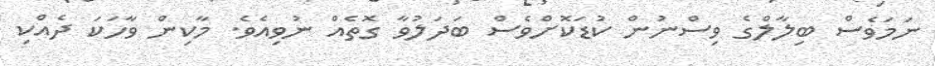
ނަމަވެސް ބިލާލްގެ ވިސްނުން ކުޑަކޮށްވެސް ބަދަލުވާ ގޮތެއް ނުވިއެވެ. މާކިން ވާހަކަ ދެއްކި